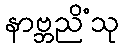
နာဗ္ဘညိံသု